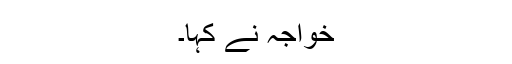
خواجہ نے کہا۔